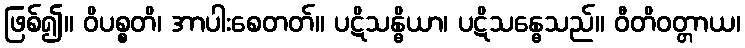
ဖြစ်၍။ ဝိပစ္စတိ၊ အာပါးစေတတ်။ ပဋိသန္ဓိယာ၊ ပဋိသန္ဓေသည်။ ဝီတိဝတ္တာယ၊